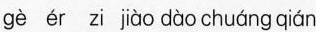
gè ér zi jiào dào chuáng qián